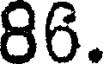
86.